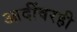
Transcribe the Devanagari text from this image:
आदींवरही